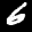
Label: 6